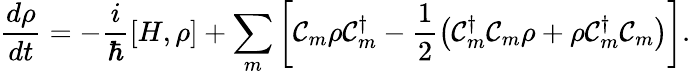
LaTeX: \frac{d\rho}{dt}=-\frac{i}{\hbar}\left[H,\rho\right]+\sum_{m}\left[\mathcal{C}_{m}\rho\mathcal{C}_{m}^{\dagger}-\frac{1}{2}\left(\mathcal{C}_{m}^{\dagger}\mathcal{C}_{m}\rho+\rho\mathcal{C}_{m}^{\dagger}\mathcal{C}_{m}\right)\right].